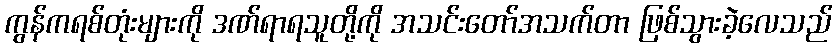
ကွန်ကရစ်တုံးများကို ဒဏ်ရာရသူတို့ကို အသင်းတော်အသက်တာ ဖြစ်သွားခဲ့လေသည်